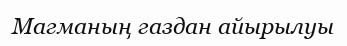
Магманың газдан айырылуы